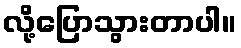
လို့ပြောသွားတာပါ။